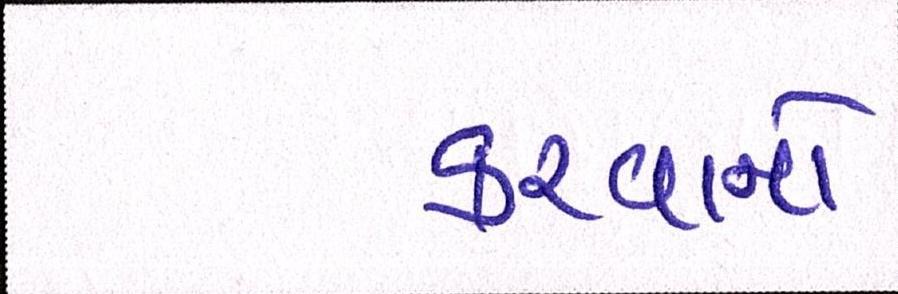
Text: કરવાનો